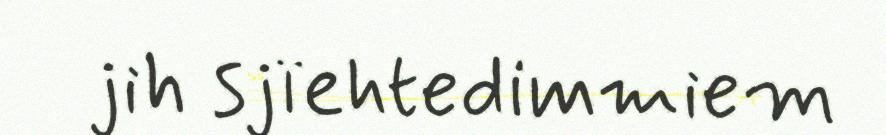
jih sjïehtedimmiem